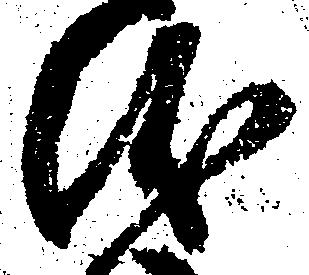
儀